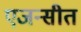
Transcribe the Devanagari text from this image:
एजन्सीत